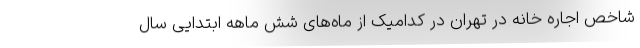
شاخص اجاره خانه در تهران در کدامیک از ماه‌های شش ماهه ابتدایی سال